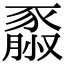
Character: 𧱮